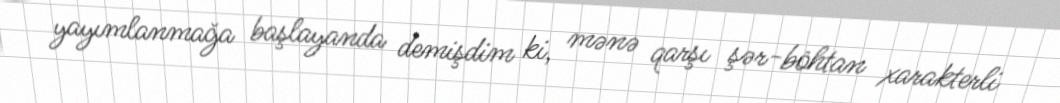
yayımlanmağa başlayanda demişdim ki, mənə qarşı şər-böhtan xarakterli